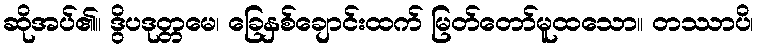
ဆိုအပ်၏။ ဒွိပဒုတ္တမေ၊ ခြေနှစ်ချောင်းထက် မြတ်တော်မူထသော။ တဿာပိ၊